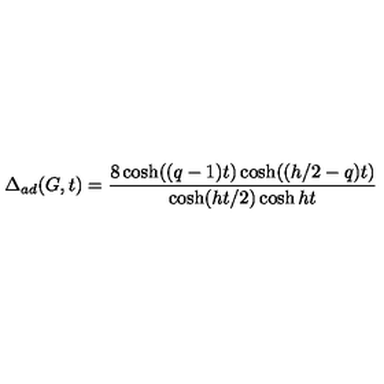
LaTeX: \Delta _ { a d } ( G , t ) = \frac { 8 \cosh ( ( q - 1 ) t ) \cosh ( ( h / 2 - q ) t ) } { \cosh ( h t / 2 ) \cosh h t }